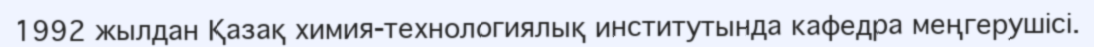
1992 жылдан Қазақ химия-технологиялық институтында кафедра меңгерушісі.